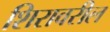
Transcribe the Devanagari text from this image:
शिरावरील